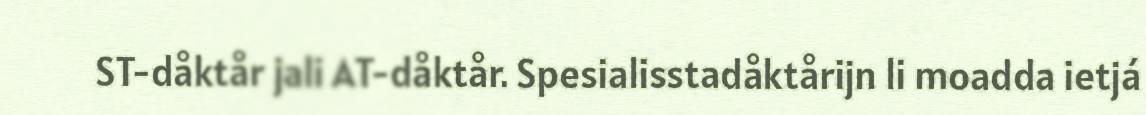
ST-dåktår jali AT-dåktår. Spesialisstadåktårijn li moadda ietjá